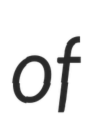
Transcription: of